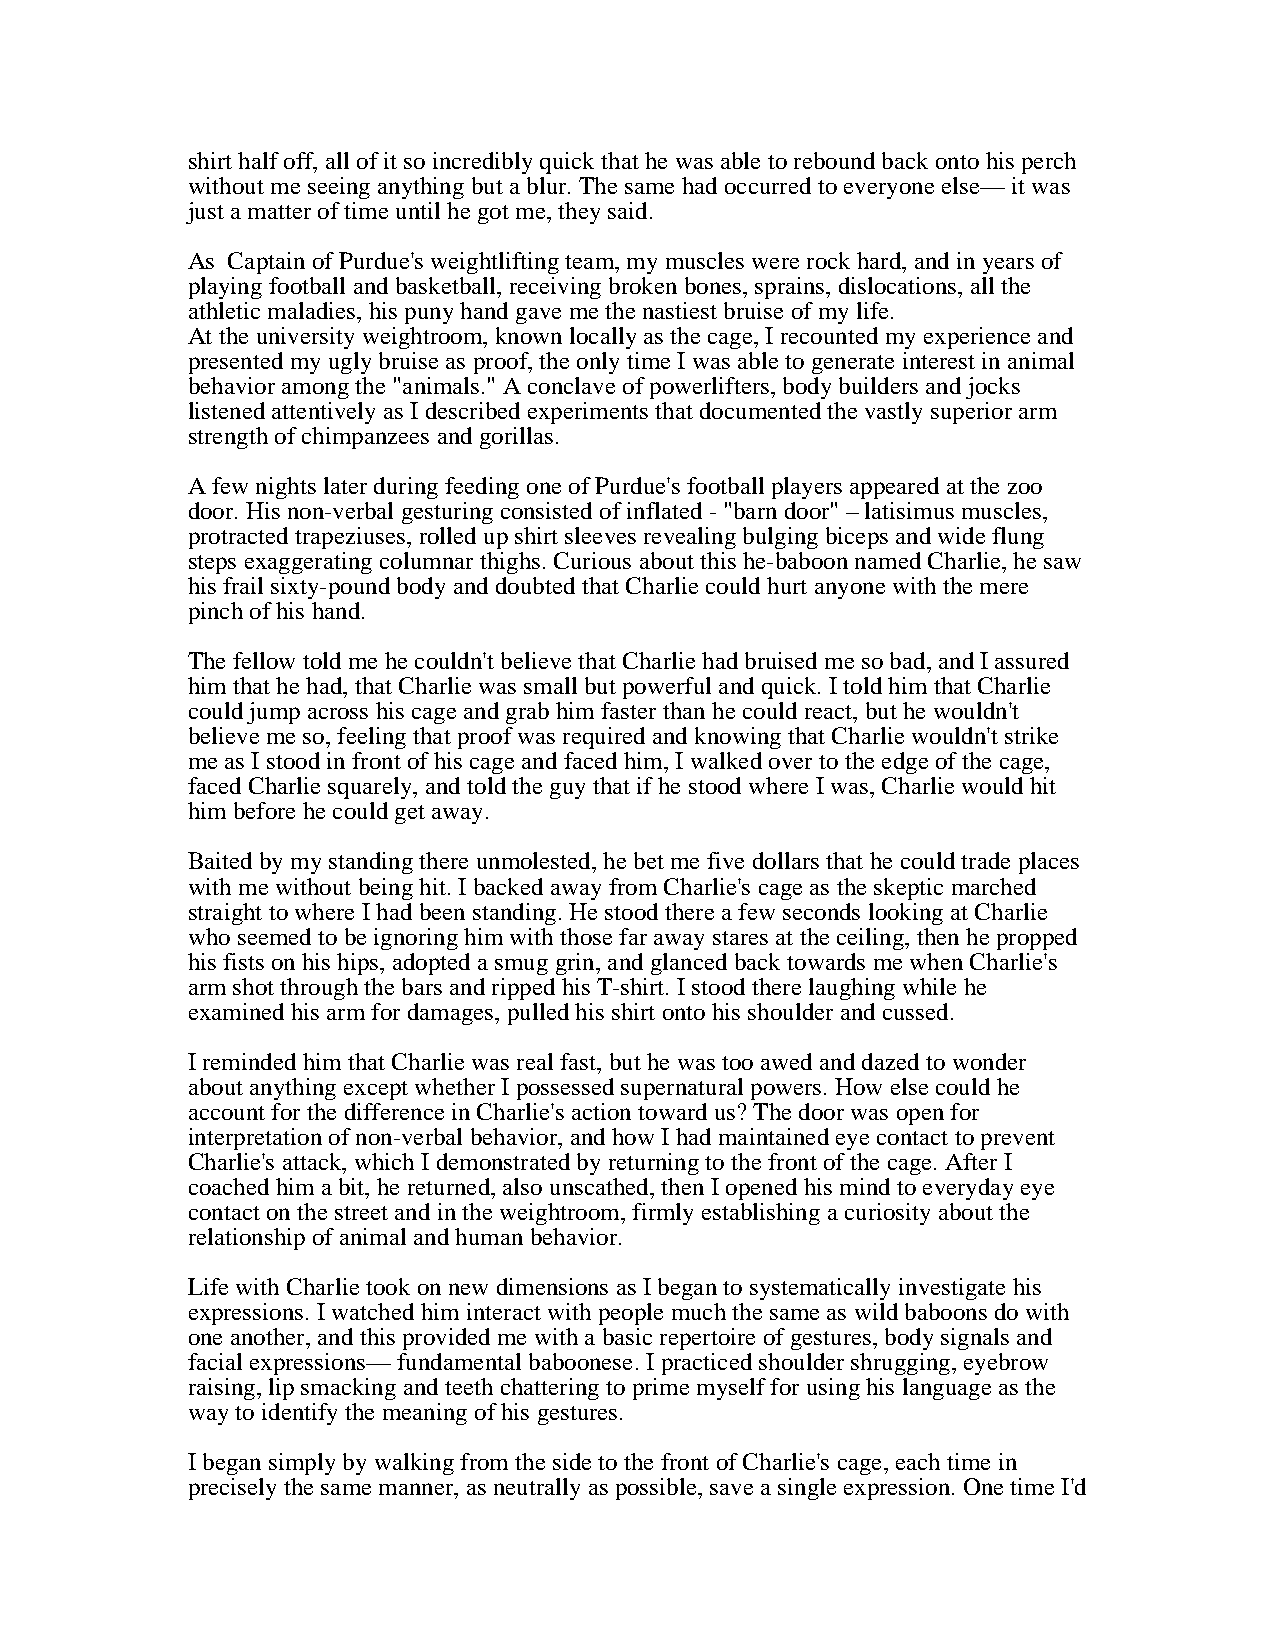
shirt half off, all of it so incredibly quick that he was able to rebound back onto his perch
 without me seeing anything but a blur. The same had occurred to everyone else— it was
 just a matter of time until he got me, they said.
 As Captain of Purdue's weightlifting team, my muscles were rock hard, and in years of
 playing football and basketball, receiving broken bones, sprains, dislocations, all the
 athletic maladies, his puny hand gave me the nastiest bruise of my life.
 At the university weightroom, known locally as the cage, I recounted my experience and
 presented my ugly bruise as proof, the only time I was able to generate interest in animal
 behavior among the "animals." A conclave of powerlifters, body builders and jocks
 listened attentively as I described experiments that documented the vastly superior arm
 strength of chimpanzees and gorillas.
 A few nights later during feeding one of Purdue's football players appeared at the zoo
 door. His non-verbal gesturing consisted of inflated - "barn door" – latisimus muscles,
 protracted trapeziuses, rolled up shirt sleeves revealing bulging biceps and wide flung
 steps exaggerating columnar thighs. Curious about this he-baboon named Charlie, he saw
 his frail sixty-pound body and doubted that Charlie could hurt anyone with the mere
 pinch of his hand.
 The fellow told me he couldn't believe that Charlie had bruised me so bad, and I assured
 him that he had, that Charlie was small but powerful and quick. I told him that Charlie
 could jump across his cage and grab him faster than he could react, but he wouldn't
 believe me so, feeling that proof was required and knowing that Charlie wouldn't strike
 me as I stood in front of his cage and faced him, I walked over to the edge of the cage,
 faced Charlie squarely, and told the guy that if he stood where I was, Charlie would hit
 him before he could get away.
 Baited by my standing there unmolested, he bet me five dollars that he could trade places
 with me without being hit. I backed away from Charlie's cage as the skeptic marched
 straight to where I had been standing. He stood there a few seconds looking at Charlie
 who seemed to be ignoring him with those far away stares at the ceiling, then he propped
 his fists on his hips, adopted a smug grin, and glanced back towards me when Charlie's
 arm shot through the bars and ripped his T-shirt. I stood there laughing while he
 examined his arm for damages, pulled his shirt onto his shoulder and cussed.
 I reminded him that Charlie was real fast, but he was too awed and dazed to wonder
 about anything except whether I possessed supernatural powers. How else could he
 account for the difference in Charlie's action toward us? The door was open for
 interpretation of non-verbal behavior, and how I had maintained eye contact to prevent
 Charlie's attack, which I demonstrated by returning to the front of the cage. After I
 coached him a bit, he returned, also unscathed, then I opened his mind to everyday eye
 contact on the street and in the weightroom, firmly establishing a curiosity about the
 relationship of animal and human behavior.
 Life with Charlie took on new dimensions as I began to systematically investigate his
 expressions. I watched him interact with people much the same as wild baboons do with
 one another, and this provided me with a basic repertoire of gestures, body signals and
 facial expressions— fundamental baboonese. I practiced shoulder shrugging, eyebrow
 raising, lip smacking and teeth chattering to prime myself for using his language as the
 way to identify the meaning of his gestures.
 I began simply by walking from the side to the front of Charlie's cage, each time in
 precisely the same manner, as neutrally as possible, save a single expression. One time I'd